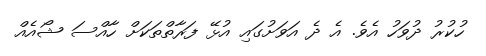
ހުކުރު ދުވަހު އެވެ. އެ ދެ އަވަށުގައި އުޅޭ ފަރާތްތަކަށް ހާއްސަ ޝޯއެއް